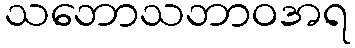
သဘောသဘာဝအရ